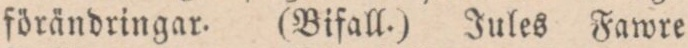
förändringar. (Bifall.) Jules Fawre